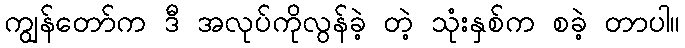
ကျွန်တော်က ဒီ အလုပ်ကိုလွန်ခဲ့ တဲ့ သုံးနှစ်က စခဲ့ တာပါ။